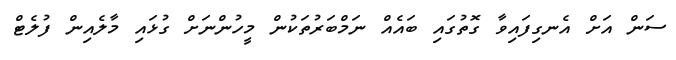
ސަން އަށް އެނގިފައިވާ ގޮތުގައި ބައެއް ނަމްބަރުތަކުން މީހުންނަށް ގުޅައި މާލެއިން ފުލެޓް